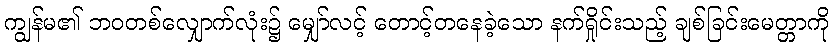
ကျွန်မ၏ ဘဝတစ်လျှောက်လုံး၌ မျှော်လင့် တောင့်တနေခဲ့သော နက်ရှိုင်းသည့် ချစ်ခြင်းမေတ္တာကို